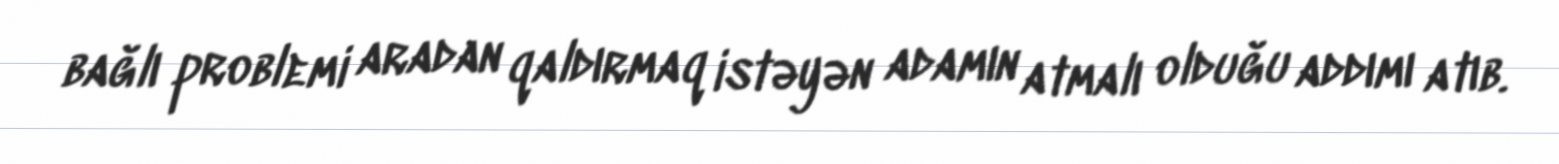
bağlı problemi aradan qaldırmaq istəyən adamın atmalı olduğu addımı atıb.